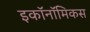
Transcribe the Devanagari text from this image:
इकॉनॉमिकस